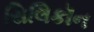
સિલિકૉન